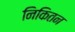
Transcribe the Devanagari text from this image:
निकितन